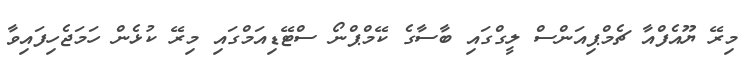
މިރޭ ޔޫއެފްއާ ޗެމްޕިއަންސް ލީގްގައި ބާސާގެ ކޭމްޕްނޯ ސްޓޭޑިއަމްގައި މިރޭ ކުޅެން ހަމަޖެހިފައިވާ